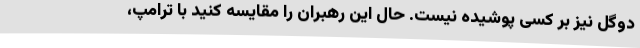
دوگل نیز بر کسی پوشیده نیست. حال این رهبران را مقایسه کنید با ترامپ،